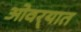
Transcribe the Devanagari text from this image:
ओवर्‍यात